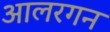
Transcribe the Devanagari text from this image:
आलरगन